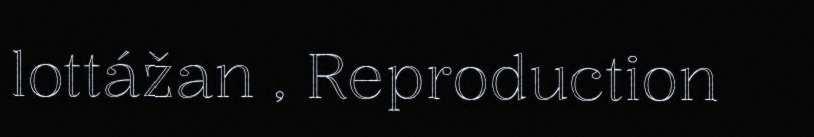
lottážan , Reproduction